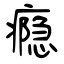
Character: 瘾